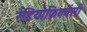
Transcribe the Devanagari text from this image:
रेडियोफ्रिक्वेंसी